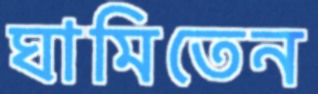
ঘামিতেন